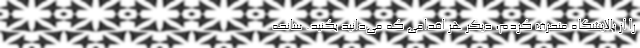
را از پالایشگاه منحرف کردم، دیگر هر اقدامی که می‌دانید بکنید. سانحه